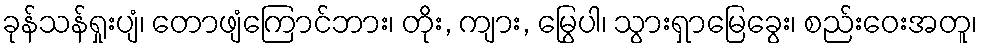
ခုန်သန်ရှုးပျံ၊ တောဖျံကြောင်ဘား၊ တိုး, ကျား, မြွေပါ၊ သွားရှာမြေခွေး၊ စည်းဝေးအတူ၊